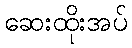
ဆေးထိုးအပ်